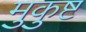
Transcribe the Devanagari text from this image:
मुकुष्ट